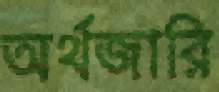
অর্থজারি